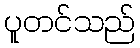
ပူတင်သည်